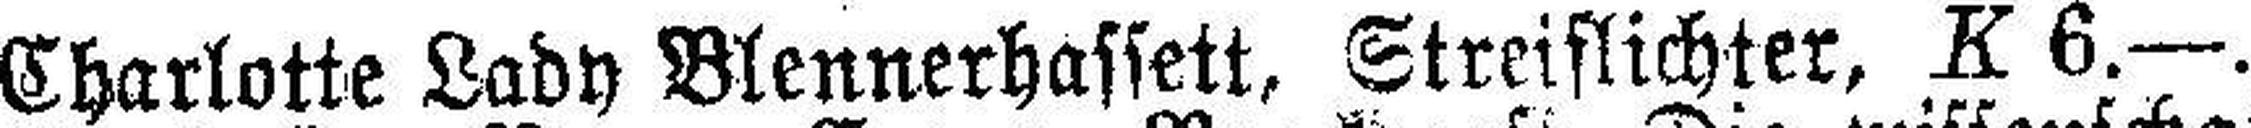
Charlotte Lady Blennerhassett, Streiflichter, K 6.—.